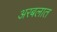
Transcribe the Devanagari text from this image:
अरबलात